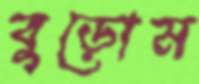
বুড়োম